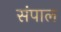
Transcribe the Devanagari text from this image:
संपाल